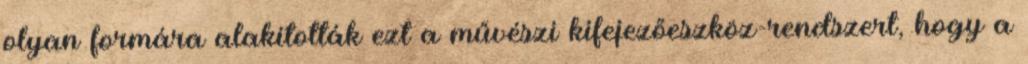
olyan formára alakították ezt a művészi kifejezőeszköz-rendszert, hogy a